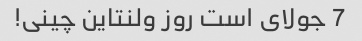
7 جولای است روز ولنتاین چینی!